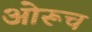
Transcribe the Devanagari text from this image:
ओरूच